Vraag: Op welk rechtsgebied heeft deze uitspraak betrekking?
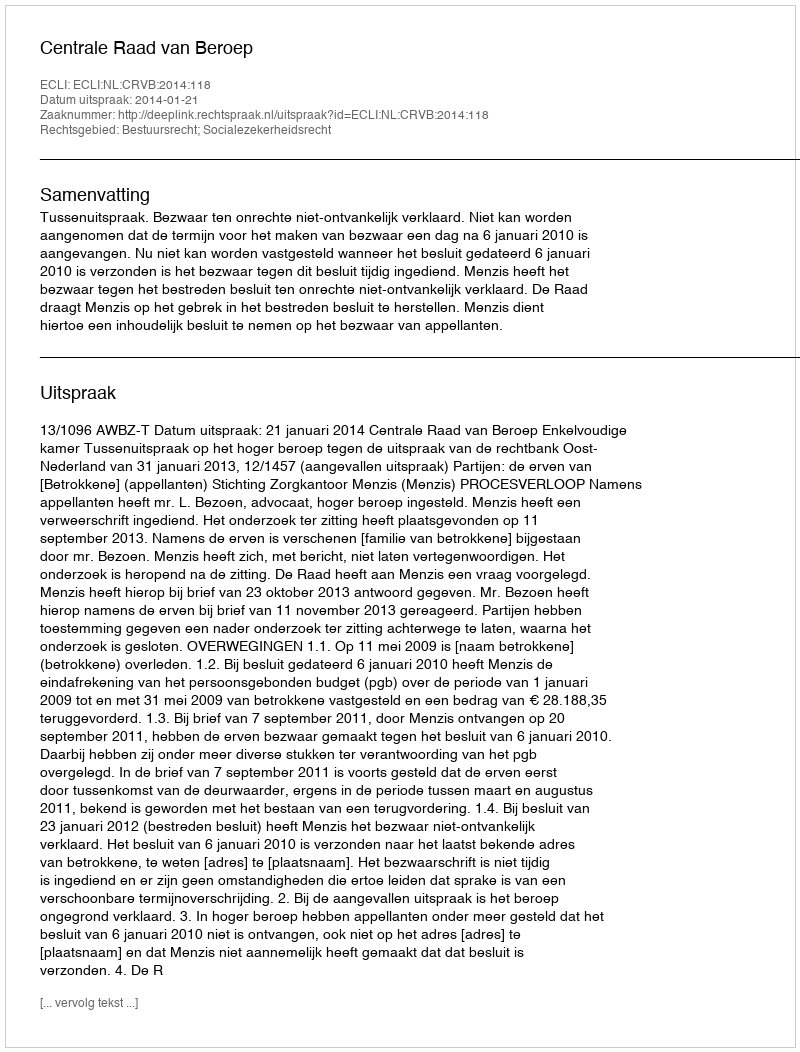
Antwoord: Bestuursrecht; Socialezekerheidsrecht